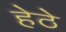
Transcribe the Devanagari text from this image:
हेठे